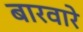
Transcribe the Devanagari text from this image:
बारवारे